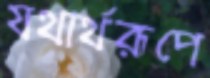
যথার্থরূপে